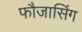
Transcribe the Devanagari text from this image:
फौजासिंग